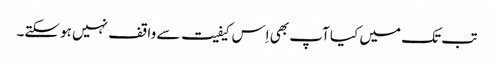
تب تک میں کیا آپ بھی اِس کیفیت سے واقف نہیں ہوسکتے۔